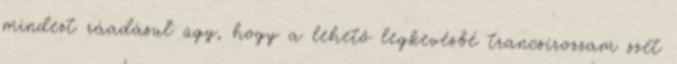
mindezt ráadásul úgy, hogy a lehető legkevésbé trancsírozzam szét